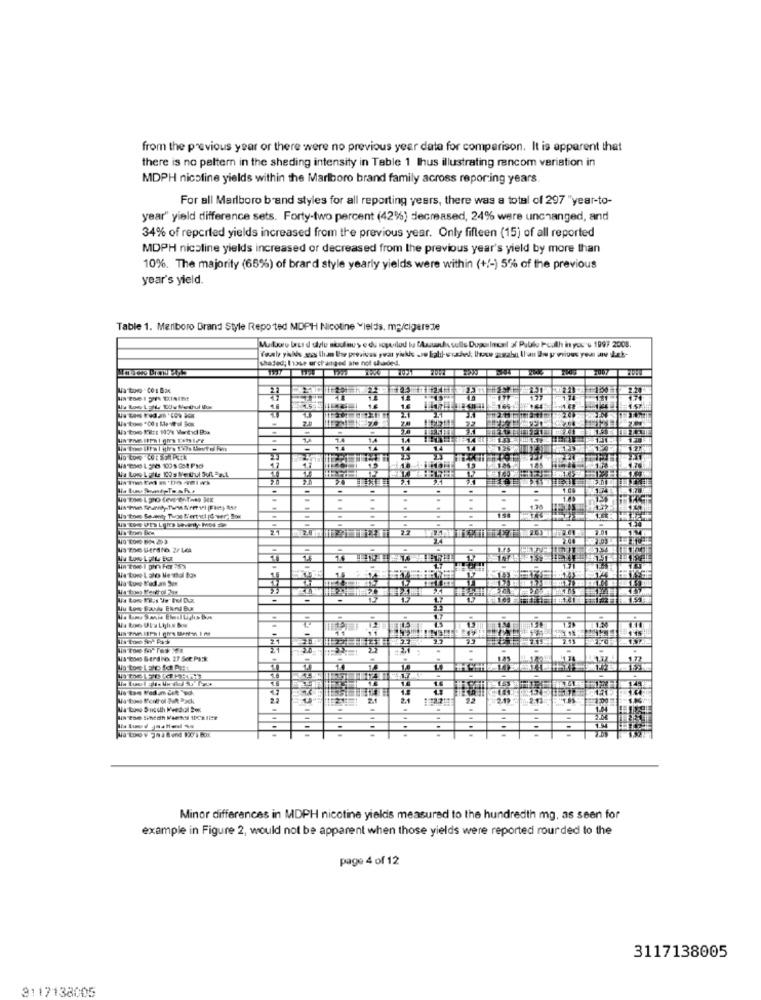
from the previous year or there were no previous year data for comparison. It is apparent that
there is no peltern in the sheding intensity in Table 1 Ihus illustrating rancom variation in
MDPH nicoline yields within the Marlboro brand family across reporting years
For all Marlboro brand styles for all reporting years, there was a total of 297 "year-to-
year" yield difference sets. Forty-two percent (42%) decreased, 24% were unchanged, and
34% of reported yields increased from the previous year. Only fifteen (15) of all reported
MDPH nicoline yields increased or decreased from the previous year's yield by more than
10%. The majority (66%) of brard style yearly yields were within (+/-) 5% of the previous
year's yield.
Table 1. Marlboro Drand Style Repo ted MDPH Nicotine Yields, mp/cigarete
Muitoto lass d utlu sikudney e di soytilod ba Assuas sulle DupurIncal al Publo Pc.Ah in yosu 1997 2008.
shaded; those ur changed are not shaded.
1.4
2-126
13
FX1
-
149 tons Seventy Theze Bertitl /S wer" Box
22
We tore Lato Menthol box
Na tore l'odan Sus
His tor BergNo. 27 Sce Pak:
Minor differences in MDPH nicotine yieldis measured to the hundredth mg, as seen for
example in Figure 2, would not be apparent when those yields were reported rourded to the
page 4 of 12
3117138005
3117138005